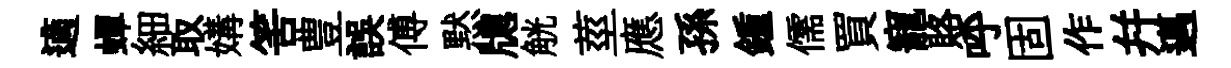
適蟬細取媾筈豊誤傅黙牕觥莖應孫鍾儒買寵賂呼固作幷邁